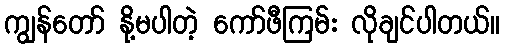
ကျွန်တော် နို့မပါတဲ့ ကော်ဖီကြမ်း လိုချင်ပါတယ်။